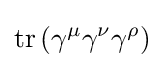
\operatorname {tr} \left(\gamma ^{\mu }\gamma ^{\nu }\gamma ^{\rho }\right)